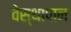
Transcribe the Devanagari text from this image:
वेस्थापान